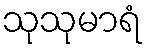
သုသုမာရံ